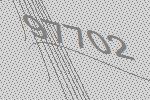
97702